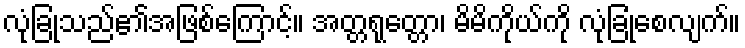
လုံခြုံသည်၏အဖြစ်ကြောင့်။ အတ္တရုတ္တော၊ မိမိကိုယ်ကို လုံခြုံစေလျက်။